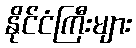
နိုင်ငံကြီးများ